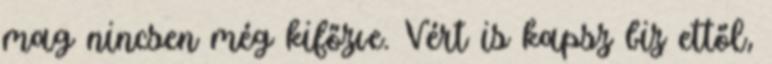
mag nincsen még kifőzve. Vért is kapsz biz ettől,